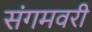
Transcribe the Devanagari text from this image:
संगमवरी